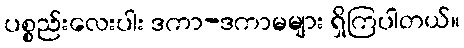
ပစ္စည်းလေးပါး ဒကာ-ဒကာမများ ရှိကြပါတယ်။